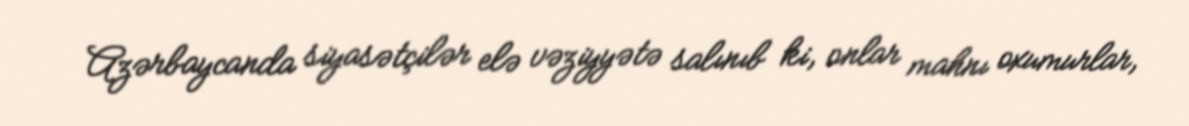
Azərbaycanda siyasətçilər elə vəziyyətə salınıb ki, onlar mahnı oxumurlar,